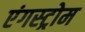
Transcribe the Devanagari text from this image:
एंगस्ट्रोम